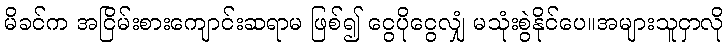
မိခင်က အငြိမ်းစားကျောင်းဆရာမ ဖြစ်၍ ငွေပိုငွေလျှံ မသုံးစွဲနိုင်ပေ။အများသူငှာလို